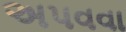
અપવવા